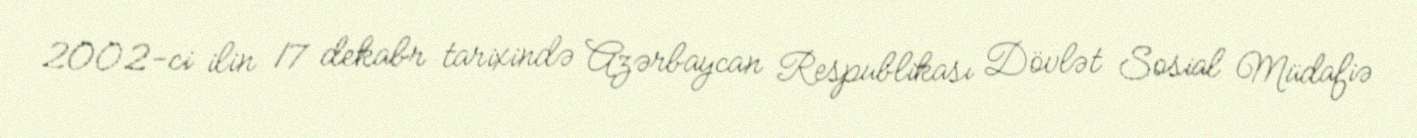
2002-ci ilin 17 dekabr tarixində Azərbaycan Respublikası Dövlət Sosial Müdafiə